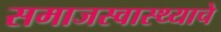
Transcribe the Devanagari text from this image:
समाजस्वास्थ्याचे